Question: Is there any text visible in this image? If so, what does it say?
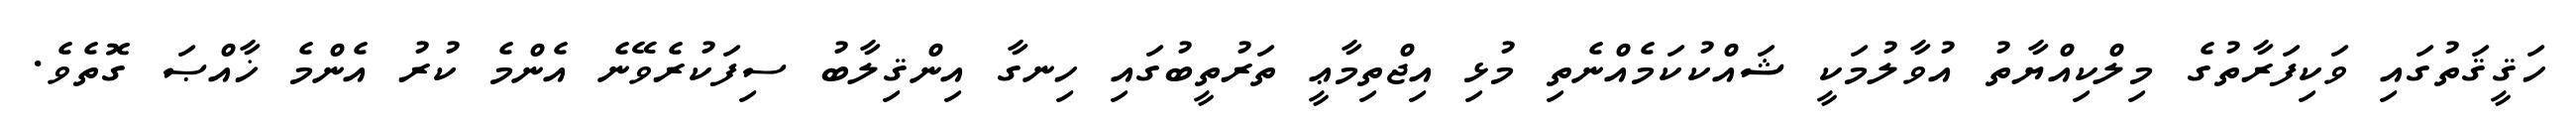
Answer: ހަޤީޤަތުގައި ވަކިފަރާތުގެ މިލްކިއްޔާތު އުވާލުމަކީ ޝައްކުކަމެއްނެތި މުޅި އިޖްތިމާޢީ ތަރުތީބުގައި ހިނގާ އިންޤިލާބު ސިފަކުރެވޭނެ އެންމެ ކުރު އެންމެ ޚާއްޞަ ގޮތެވެ.